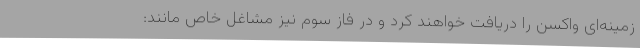
زمینه‌ای واکسن را دریافت خواهند کرد و در فاز سوم نیز مشاغل خاص مانند: